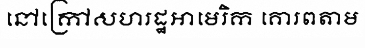
នៅក្រៅសហរដ្ឋអាមេរិក គោរពតាម